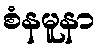
စံနမူနာ